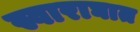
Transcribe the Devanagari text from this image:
स्वाराघात